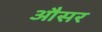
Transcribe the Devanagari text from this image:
औसर